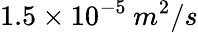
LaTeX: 1.5\times 10^{-5}\: m^{2}/s